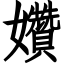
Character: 㜺